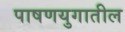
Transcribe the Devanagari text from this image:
पाषणयुगातील